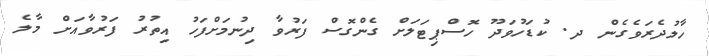
ހާލުދެރަވެގެން ދ. ކުޑަހުވަދޫ ހޮސްޕިޓަލަށް ގެންގޮސް ފަރުވާ ދިނުމަށްފަހު އިތުރު ފަރުވާއަށް މާލެ